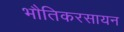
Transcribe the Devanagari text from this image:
भौतिकरसायन